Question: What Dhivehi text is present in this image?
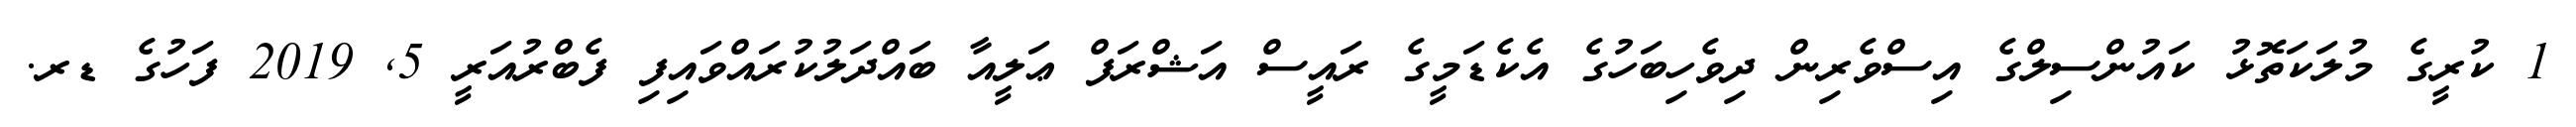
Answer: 1 ކުރީގެ މުލަކަތޮޅު ކައުންސިލްގެ އިސްވެރިން ދިވެހިބަހުގެ އެކެޑަމީގެ ރައީސް އަޝްރަފް ޢަލީއާ ބައްދަލުކުރައްވައިފި ފެބްރުއަރީ 5, 2019 ފަހުގެ ޑރ.